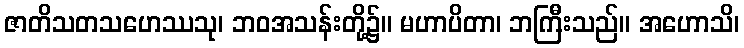
ဇာတိသတသဟေဿသု၊ ဘဝအသန်းတို့၌။ မဟာပိတာ၊ ဘကြီးသည်။ အဟောသိ၊